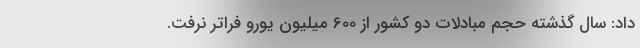
داد: سال گذشته حجم مبادلات دو کشور از 600 میلیون یورو فراتر نرفت.